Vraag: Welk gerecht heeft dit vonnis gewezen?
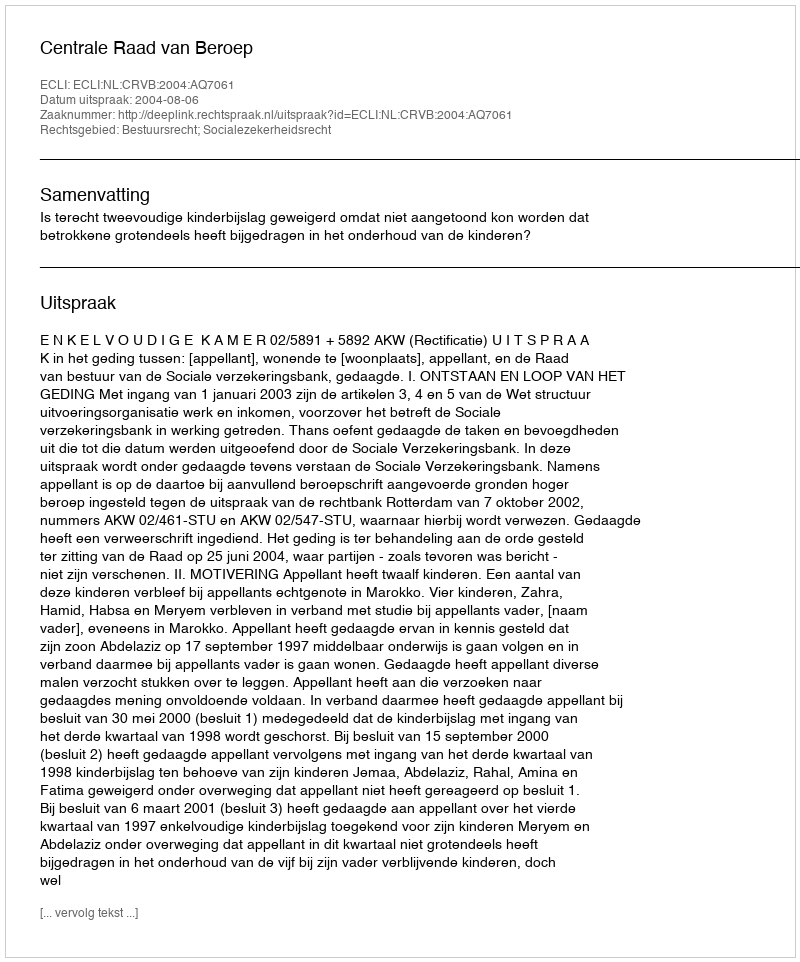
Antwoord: Centrale Raad van Beroep